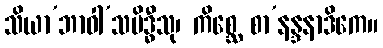
သိယာ’ဘာဝါ’သမိဒ္ဓီသု၊ ကိစ္ဆေ စာ’နန္ဒနာဒိကေ။